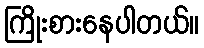
ကြိုးစားနေပါတယ်။